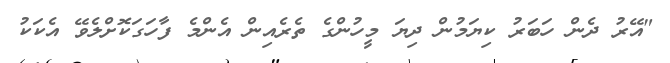
"އޭރު ދެން ހަބަރު ކިޔަމުން ދިޔަ މީހުންގެ ތެރެއިން އެންމެ ފާހަގަކޮށްލެވޭ އެކަކު